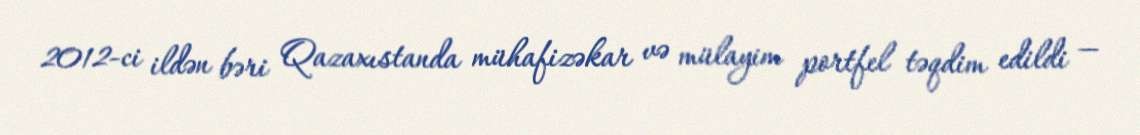
2012-ci ildən bəri Qazaxıstanda mühafizəkar və mülayim portfel təqdim edildi —